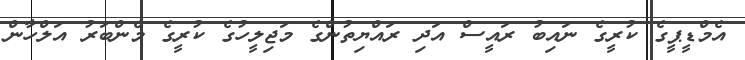
އެމްޑީޕީގެ ކުރީގެ ނައިބު ރައީސް އަދި ރައްޔިތުންގެ މަޖިލީހުގެ ކުރީގެ މެންބަރު އަލްހާން